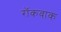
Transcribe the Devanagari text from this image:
रॉकवाक